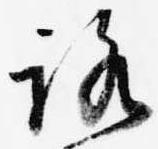
路